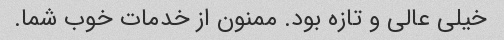
خیلی عالی و تازه بود. ممنون از خدمات خوب شما.